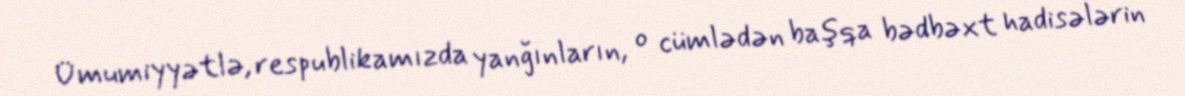
Ümumiyyətlə, respublikamızda yanğınların, o cümlədən başqa bədbəxt hadisələrin